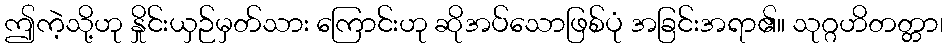
ဤကဲ့သို့ဟု နှိုင်းယှဉ်မှတ်သား ကြောင်းဟု ဆိုအပ်သောဖြစ်ပုံ အခြင်းအရာ၏။ သုဂ္ဂဟိတတ္တာ၊